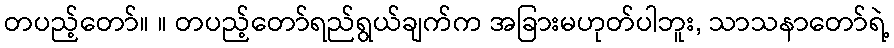
တပည့်တော်။ ။ တပည့်တော်ရည်ရွယ်ချက်က အခြားမဟုတ်ပါဘူး, သာသနာတော်ရဲ့